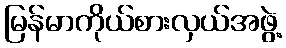
မြန်မာကိုယ်စားလှယ်အဖွဲ့